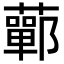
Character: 䕤